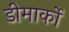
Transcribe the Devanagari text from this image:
डीमार्को